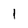
Character: 1